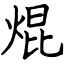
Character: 焜